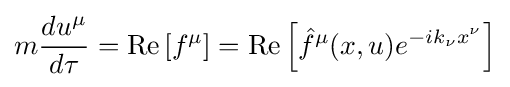
m{\frac {du^{\mu }}{d\tau }}=\mathrm {Re} \left[f^{\mu }\right]=\mathrm {Re} \left[{\hat {f}}^{\mu }(x,u)e^{-ik_{\nu }x^{\nu }}\right]